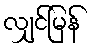
လျှင်မြန်